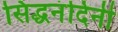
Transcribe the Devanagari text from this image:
सिद्धनंदिनी